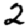
Digit: 2